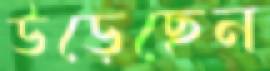
উড়েছেন